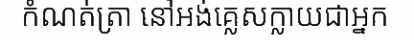
កំណត់ត្រា នៅអង់គ្លេសក្លាយជាអ្នក